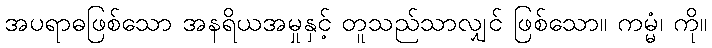
အပရာဓဖြစ်သော အနရိယအမှုနှင့် တူသည်သာလျှင် ဖြစ်သော။ ကမ္မံ၊ ကို။